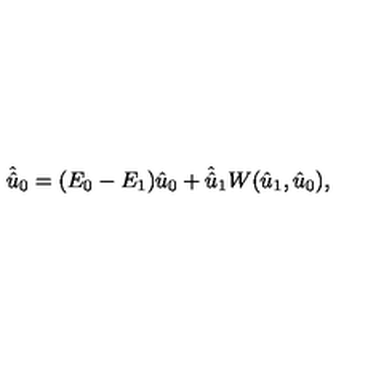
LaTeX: \hat { \hat { u } } _ { 0 } = ( E _ { 0 } - E _ { 1 } ) \hat { u } _ { 0 } + \hat { \hat { u } } _ { 1 } { } W ( \hat { u } _ { 1 } , \hat { u } _ { 0 } ) ,